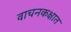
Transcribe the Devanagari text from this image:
वाचनकक्षात